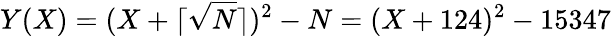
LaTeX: Y(X)=(X+\lceil{\sqrt{N}}\rceil)^{2}-N=(X+124)^{2}-15347